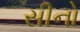
સીનો